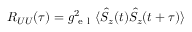
R _ { U U } ( \tau ) = g _ { \mathrm { ~ e ~ l ~ } } ^ { 2 } \langle \hat { S } _ { z } ( t ) \hat { S } _ { z } ( t + \tau ) \rangle